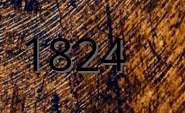
1824